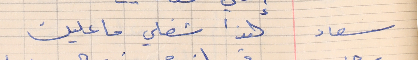
سعاد     هذا شغلي ما عليك